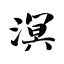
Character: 溟